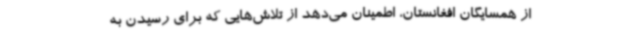
از همسایگان افغانستان، اطمینان می‌دهد از تلاش‌هایی که برای رسیدن به